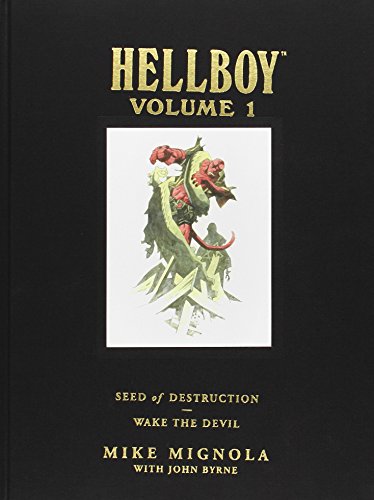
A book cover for Hellboy Library Edition, Volume 1: Seed of Destruction and Wake the Devil; Mike Mignola; Comics & Graphic Novels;